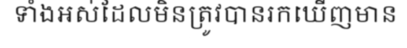
ទាំងអស់ដែលមិនត្រូវបានរកឃើញមាន